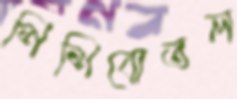
শিশিবোতল